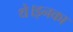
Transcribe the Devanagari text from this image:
थे।इनका